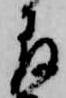
存